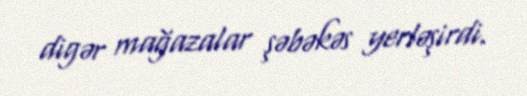
digər mağazalar şəbəkəs yerləşirdi.